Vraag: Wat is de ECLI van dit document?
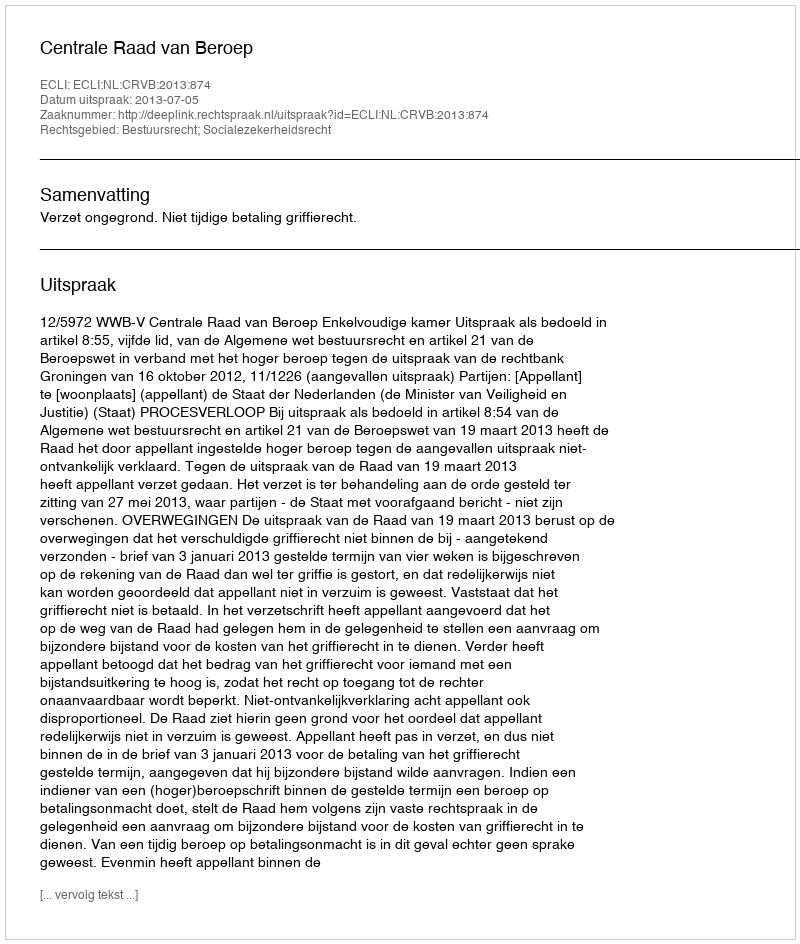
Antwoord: ECLI:NL:CRVB:2013:874